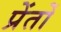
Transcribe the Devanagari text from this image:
प्रेंतों